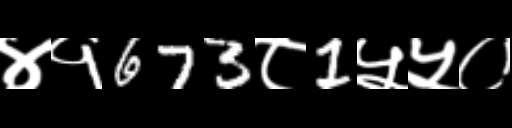
Text: ४१673८1५५०